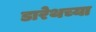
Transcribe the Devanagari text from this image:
डारेथच्या